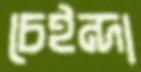
চেইন্দা